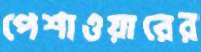
পেশাওয়ারের